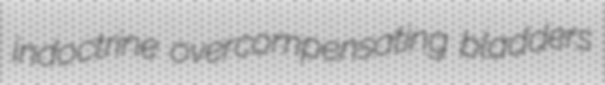
indoctrine overcompensating bladders